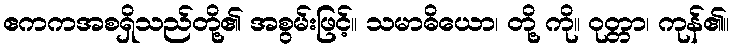
ဧကကအစရှိသည်တို့၏ အစွမ်းဖြင့်။ သမာဓိယော၊ တို့ ကို။ ဝုတ္တာ၊ ကုန်၏။